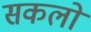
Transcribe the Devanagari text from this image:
सकलों